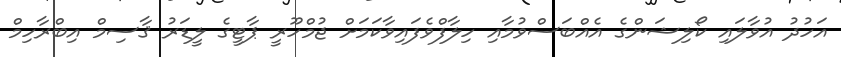
އަހުދު އުވާލައި ކޯލިޝަންގެ އެއްބަސްވުމާއި ހިލާފްވެފައިވާކަމަށް ޖުމްހޫރީ ޕާޓީގެ ލީޑަރު ޤާސިމް އިބްރާހިމް